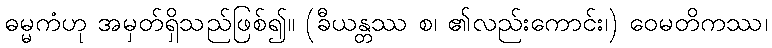
ဓမ္မကံဟု အမှတ်ရှိသည်ဖြစ်၍။ (ခီယန္တဿ စ၊ ၏လည်းကောင်း၊) ဝေမတိကဿ၊